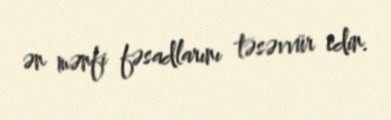
ən mənfi fəsadlarını təsəvvür edin.